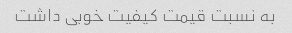
به نسبت قیمت کیفیت خوبی داشت